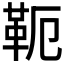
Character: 𩉴